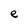
Character: e